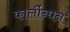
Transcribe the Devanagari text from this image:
कार्लीन्घन